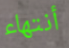
أنتهاء